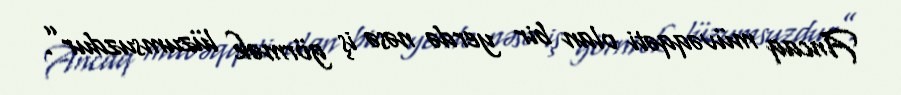
Ancaq müvəqqəti olan bir yerdə nəsə iş görmək lüzumsuzdur”.